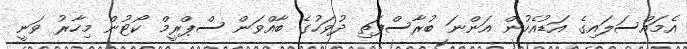
އެމައްސަލައިގެ އަޑުއެހުން އަންނަ ބުރާސްފަތި ދުވަހުގެ ބާއްވަން ސްޕްރީމް ކޯޓުން މިހާރު ވަނީ